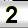
Digit: 2